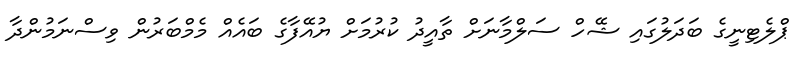
ޕްލެޓިނީގެ ބަދަލުގައި ޝޭހް ސަލްމާނަށް ތާއީދު ކުރުމަށް ޔުއޭފާގެ ބައެއް މެމްބަރުން ވިސްނަމުންދާ